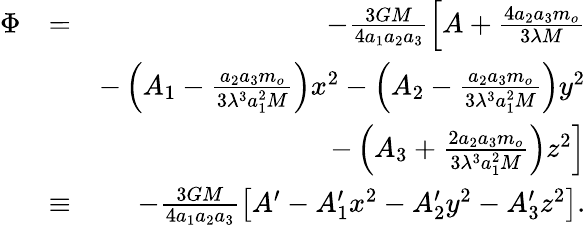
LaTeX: \begin{array}{rlr}{\Phi}&{=}&{-\frac{3GM}{4a_{1}a_{2}a_{3}}\left[A+\frac{4a_{2}a_{3}m_{o}}{3\lambda M}\right.}\\ &{}&{\left.-\left(A_{1}-\frac{a_{2}a_{3}m_{o}}{3\lambda^{3}a_{1}^{2}M}\right)x^{2}-\left(A_{2}-\frac{a_{2}a_{3}m_{o}}{3\lambda^{3}a_{1}^{2}M}\right)y^{2}\right.}\\ &{}&{\left.-\left(A_{3}+\frac{2a_{2}a_{3}m_{o}}{3\lambda^{3}a_{1}^{2}M}\right)z^{2}\right]}\\ &{\equiv}&{-\frac{3GM}{4a_{1}a_{2}a_{3}}\left[A^{\prime}-A_{1}^{\prime}x^{2}-A_{2}^{\prime}y^{2}-A_{3}^{\prime}z^{2}\right].}\end{array}